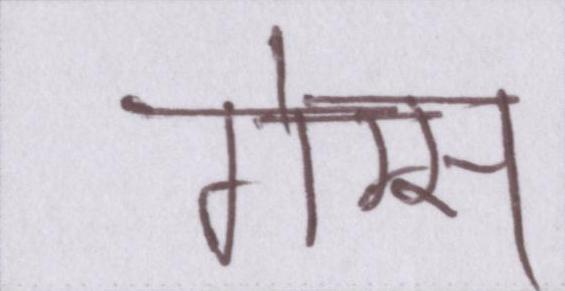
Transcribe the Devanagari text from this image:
गेम्स